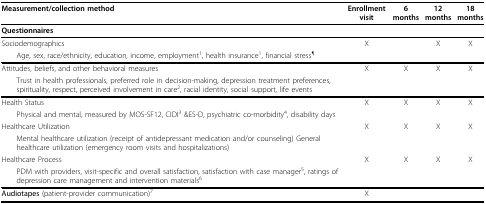
<table><thead><tr><td><b>Measurement/collection method</b></td><td><b>Enrollment visit</b></td><td><b>6 months</b></td><td><b>12 months</b></td><td><b>18 months</b></td></tr></thead><tbody><tr><td><b>Questionnaires</b></td><td></td><td></td><td></td><td></td></tr><tr><td>Sociodemographics</td><td>X</td><td></td><td>X</td><td>X</td></tr><tr><td> Age, sex, race/ethnicity, education, income, employment<sup>1</sup>, health insurance<sup>1</sup>, financial stress<sup>¶</sup></td><td></td><td></td><td></td><td></td></tr><tr><td>Attitudes, beliefs, and other behavioral measures</td><td>X</td><td>X</td><td>X</td><td>X</td></tr><tr><td> Trust in health professionals, preferred role in decision-making, depression treatment preferences, spirituality, respect, perceived involvement in care<sup>2</sup>, racial identity, social support, life events</td><td></td><td></td><td></td><td></td></tr><tr><td>Health Status</td><td>X</td><td>X</td><td>X</td><td>X</td></tr><tr><td> Physical and mental, measured by MOS-SF12, CIDI<sup>3 </sup>&amp;ES-D, psychiatric co-morbidity<sup>4</sup>, disability days</td><td></td><td></td><td></td><td></td></tr><tr><td>Healthcare Utilization</td><td>X</td><td>X</td><td>X</td><td>X</td></tr><tr><td> Mental healthcare utilization (receipt of antidepressant medication and/or counseling) General healthcare utilization (emergency room visits and hospitalizations)</td><td></td><td></td><td></td><td></td></tr><tr><td>Healthcare Process</td><td>X</td><td>X</td><td>X</td><td>X</td></tr><tr><td> PDM with providers, visit-specific and overall satisfaction, satisfaction with case manager<sup>5</sup>, ratings of depression care management and intervention materials<sup>6</sup></td><td></td><td></td><td></td><td></td></tr><tr><td><b>Audiotapes </b>(patient-provider communication)<sup>7</sup></td><td>X</td><td></td><td></td><td></td></tr></tbody></table>